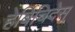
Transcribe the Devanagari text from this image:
हेर्बिचिदेस्